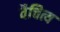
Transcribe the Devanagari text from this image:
वैचित्य